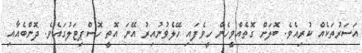
އަސަރުތަކެއް ކުރިއެވެ. ބޮލަށް ގޮތެއްވީހެން ހީވެފައި ހޭލެވުނުއިރު އޭނަ އޮތީ ހޮސްޕިޓަލުގައެވެ. ދޮންބެއާއި